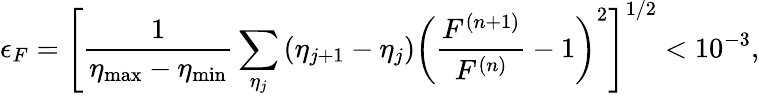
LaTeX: \epsilon_{F}=\left[\frac{1}{\eta_{\mathrm{max}}-\eta_{\mathrm{min}}}\sum_{\eta_{j}}\left(\eta_{j+1}-\eta_{j}\right)\left(\frac{F^{(n+1)}}{F^{(n)}}-1\right)^{2}\right]^{1/2}<10^{-3},